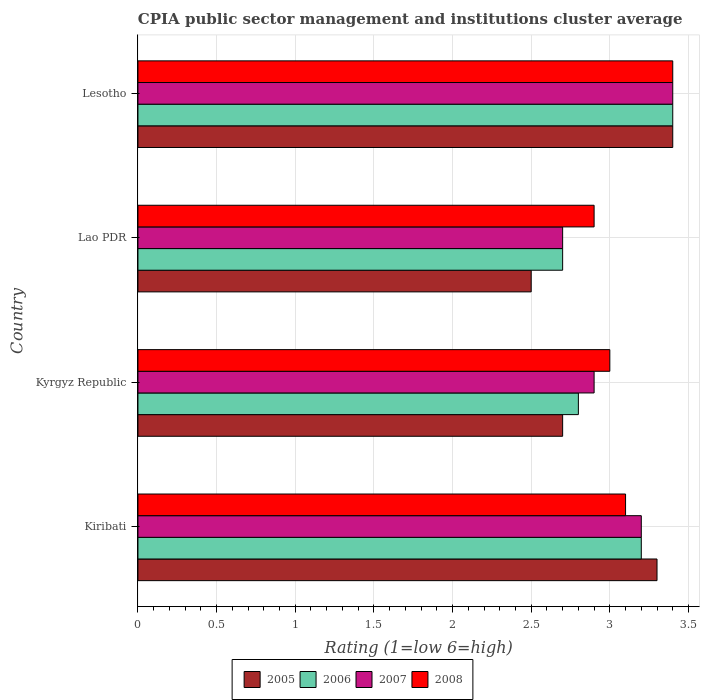
| Country | 2005 | 2006 | 2007 | 2008 |
 | --- | --- | --- | --- | --- |
 | Kiribati | 3.3 | 3.2 | 3.2 | 3.1 |
 | Kyrgyz Republic | 2.7 | 2.8 | 2.9 | 3 |
 | Lao PDR | 2.5 | 2.7 | 2.7 | 2.9 |
 | Lesotho | 3.4 | 3.4 | 3.4 | 3.4 |